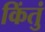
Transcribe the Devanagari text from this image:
किंतुं